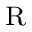
\scriptstyle \mathrm { \mathrm { ~ R ~ } }